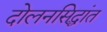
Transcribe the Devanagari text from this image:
दोलनसिद्धांत